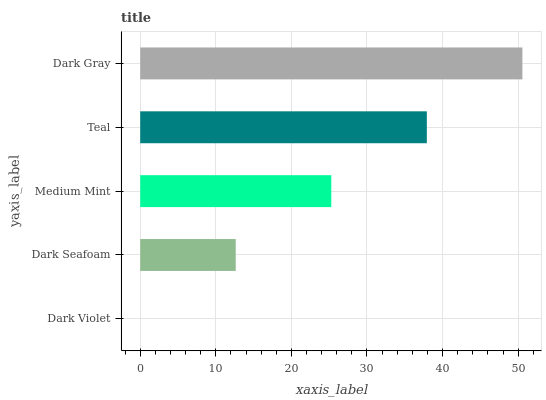
| yaxis_label | bars |
 | --- | --- |
 | Dark Violet | 0 |
 | Dark Seafoam | 12.6 |
 | Medium Mint | 25.3 |
 | Teal | 37.9 |
 | Dark Gray | 50.6 |